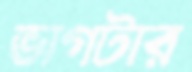
ভাগটার